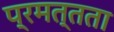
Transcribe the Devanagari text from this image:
प्रमत्तता